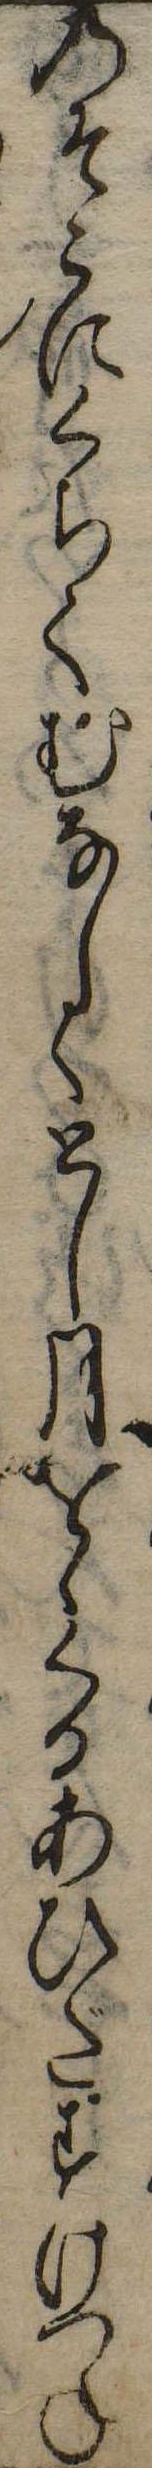
のそこにくちてむなしくとし月をゝくるあひだすけつね